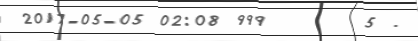
2017-05-05 02:08 999      5 .